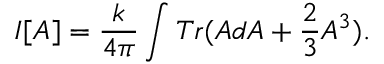
I [ A ] = \frac { k } { 4 \pi } \int T r ( A d A + \frac { 2 } { 3 } A ^ { 3 } ) .